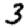
Digit: 3